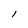
Character: l